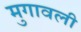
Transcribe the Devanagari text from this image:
मुगावली